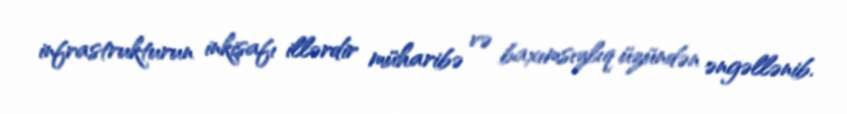
infrastrukturun inkişafı illərdir müharibə və baxımsızlıq üzündən əngəllənib.